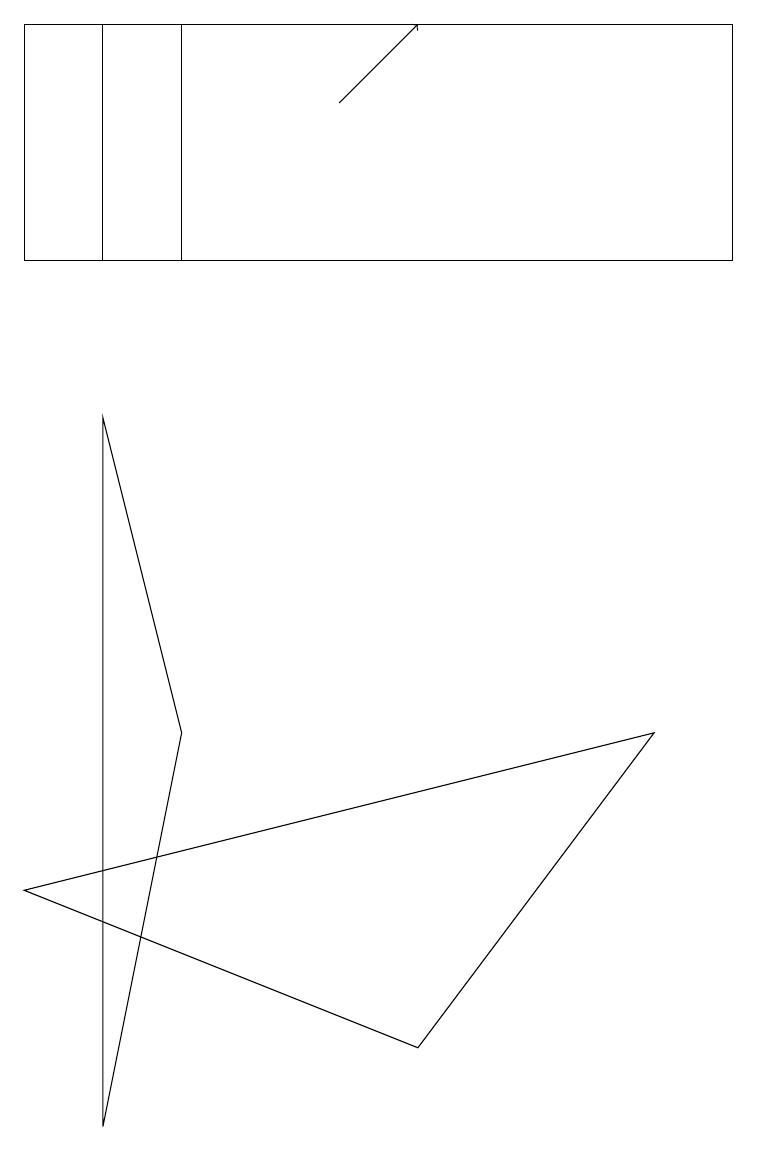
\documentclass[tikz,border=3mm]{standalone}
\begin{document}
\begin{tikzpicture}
\draw (1,11) rectangle (9,14);
\draw (5,1) -- (0,3) -- (8,5) -- cycle;
\draw[->] (4,13) -- (5,14);
\draw (2,11) rectangle (0,14);
\draw (1,0) -- (1,9) -- (2,5) -- cycle;
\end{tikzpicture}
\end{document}